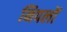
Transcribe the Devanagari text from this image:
निपलों